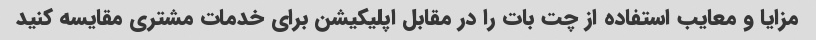
مزایا و معایب استفاده از چت بات را در مقابل اپلیکیشن برای خدمات مشتری مقایسه کنید